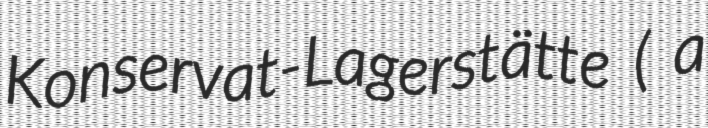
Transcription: Konservat-Lagerstätte ( a